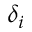
\delta _ { i }